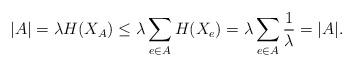
LaTeX: \begin{align*}|A|=\lambda H(X_A) \le \lambda\sum_{e\in A} H(X_e) = \lambda\sum_{e\in A} \frac{1}{\lambda}=|A|.\end{align*}